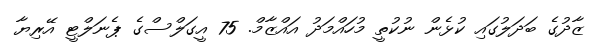
ޒާދުގެ ބަދަލުގައި ކުޅެން ނުކުތީ މުހައްމަދު އައްޒާމް. 75 އީގަލްސްގެ ޕެނަލްޓީ އޭރިޔާ